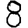
Digit: 8